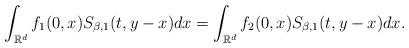
LaTeX: \begin{align*}\int_{\mathbb{R}^{d}}f_{1}(0,x)S_{\beta, 1}(t,y-x)dx = \int_{\mathbb{R}^{d}}f_{2}(0,x)S_{\beta, 1}(t,y-x)dx.\end{align*}